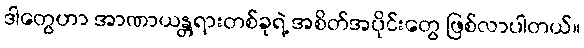
ဒါတွေဟာ အာဏာယန္တရားတစ်ခုရဲ့ အစိတ်အပိုင်းတွေ ဖြစ်လာပါတယ်။